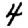
Digit: 4